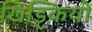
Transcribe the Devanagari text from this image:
खिड्कियों